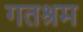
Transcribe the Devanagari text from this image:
गतश्रम